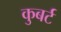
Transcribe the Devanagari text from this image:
कुबर्ट